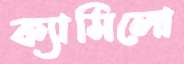
ক্যামিলো